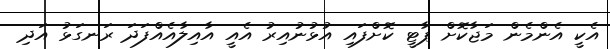
އެކީ އެންމެން މަޖާކޮށް ޕާޓީ ކޮށްފައި އުޅުނުއިރު އެއީ އާއިލާއެއްފަދަ ރަނގަޅު އަދި